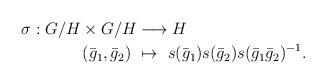
LaTeX: \begin{align*}\sigma:G/H\times G/H&\longrightarrow H\\(\bar g_1,\bar g_2)\ &\mapsto\ s(\bar g_1)s(\bar g_2)s(\bar g_1\bar g_2)^{-1}.\end{align*}